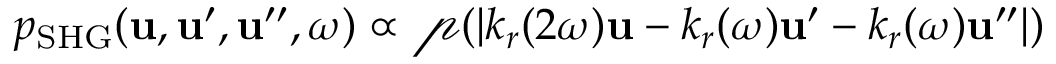
p _ { \mathrm { S H G } } ( \boldsymbol { \mathbf { u } } , \boldsymbol { \mathbf { u } } ^ { \prime } , \boldsymbol { \mathbf { u } } ^ { \prime \prime } , \omega ) \propto \mathcal { p } ( | k _ { r } ( 2 \omega ) \boldsymbol { \mathbf { u } } - k _ { r } ( \omega ) \boldsymbol { \mathbf { u } } ^ { \prime } - k _ { r } ( \omega ) \boldsymbol { \mathbf { u } } ^ { \prime \prime } | )